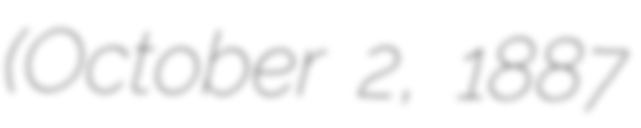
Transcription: (October 2, 1887